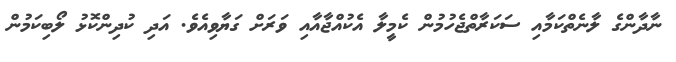
ނާދާންގެ ލާނެތްކަމާއި ސަކަރާތްޖެހުމުން ކެމީލާ އެކުއްޖާއާއި ވަރަށް ގަޔާވިއެވެ. އަދި ކުދިންކޮޅު ލޯބިކަމުން